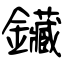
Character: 鑶